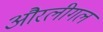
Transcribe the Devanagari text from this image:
औरलीगल